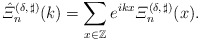
\begin{align*}\hat{\varXi}^{(\delta,\,\sharp)}_n(k) = \sum_{x\in\mathbb{Z}}e^{ikx}\varXi^{(\delta,\,\sharp)}_n(x).\end{align*}